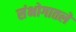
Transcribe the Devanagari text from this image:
संभोगातले